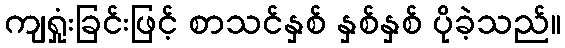
ကျရှုံးခြင်းဖြင့် စာသင်နှစ် နှစ်နှစ် ပိုခဲ့သည်။